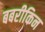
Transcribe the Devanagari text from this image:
बबरीकिन